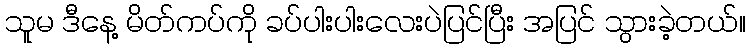
သူမ ဒီနေ့ မိတ်ကပ်ကို ခပ်ပါးပါးလေးပဲပြင်ပြီး အပြင် သွားခဲ့တယ်။